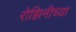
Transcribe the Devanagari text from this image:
रोझिनीच्या